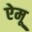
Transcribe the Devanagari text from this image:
ऐमू